Laidoner,_Johan, lk 57
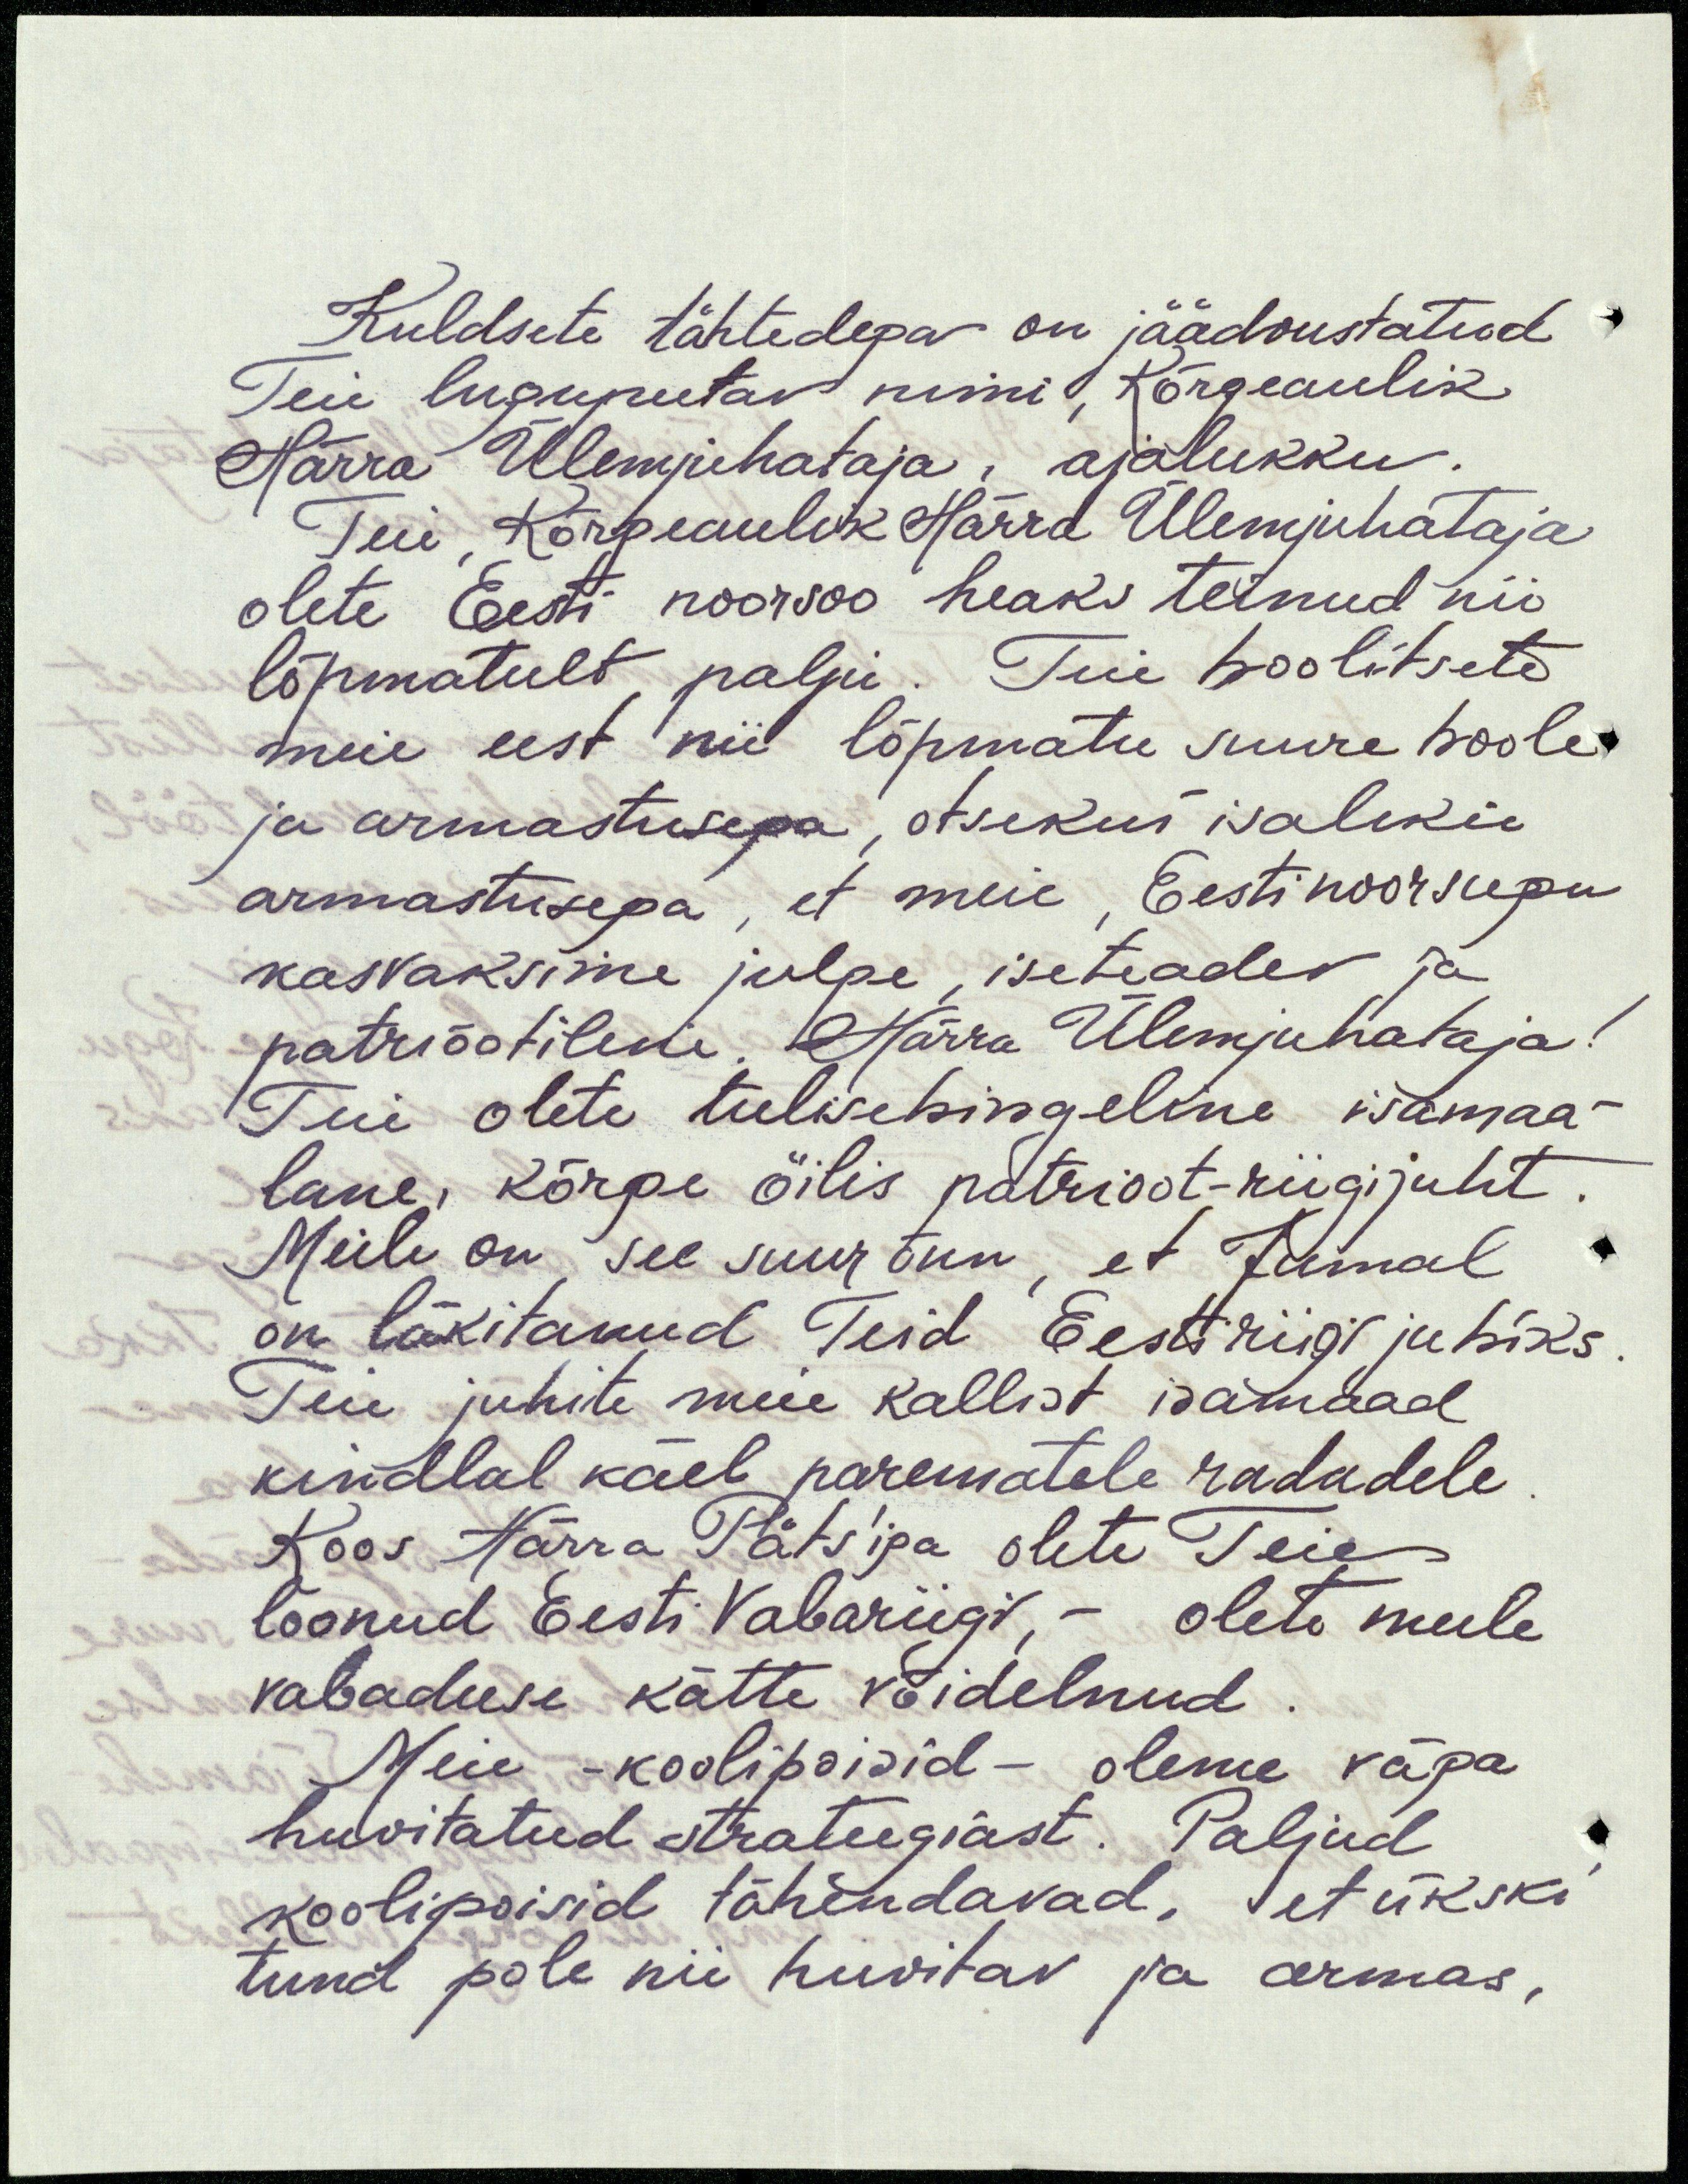
Kuldsete tähtedega on jäädvustatud
Teie lugupeetav nimi, Kõrgeaulik
Härra Ülemjuhataja, ajalukku.
Teie Kõrgeaulik Härra Ülemjuhataja
olete Eesti noorsoo heaks teinud nii
lõpmatult palju. Teie hoolitsete
meie eest nii lõpmatu suure hoole
ja armastusega, otsekui isaliku
armastusega, et meie, Eesti noorsugu
kasvaksime julge, iseteadev ja
patriõotiline. Härra Ülemjuhataja!
Teie olete tulisehingeline isamaa-
lane, kõrge õilis patrioot-riigijuht
Meile on see suur õnn, et Jumal
on läkitanud Teid Eesti riigi juhiks
Teie juhite meie kallist isamaad
kindlal käel parematele radadele
Koos Härra Päts'iga olete Teie
loonud Eesti Vabariigi, - olete meile
vabaduse kätte võidelnud
Meie - koolipoisid - olime väga
huvitatud strateegiast. Paljud
koolipoisid tähendavad, et ükski
tund pole nii huvitav ja armas,